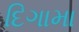
દિગામા